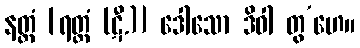
နတ္တံ [ရတ္တံ (ဋီ.)] ဒေါသော ဒိဝါ တွ’ဟေ။